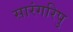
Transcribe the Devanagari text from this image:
सारंगरिपु